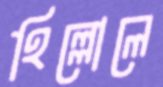
হিল্লোলে